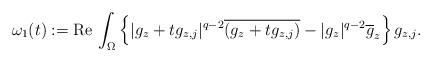
LaTeX: \begin{align*}\omega_1(t):=\mathrm{Re}\,\int_\Omega\left\{|g_z+tg_{z,j}|^{q-2}\overline{(g_z+tg_{z,j})}-|g_z|^{q-2}\overline{g}_z\right\}g_{z,j}.\end{align*}